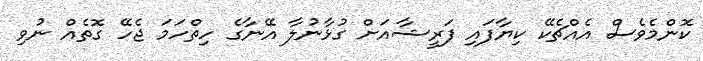
ކޮންމެވެސް އެއްޗެކޭ ކިޔާފައި ފަރީޝާއަށް ގުޅާނުލާ އޭނާގެ ހިތްހަމަ ޖެހޭ ގޮތެއް ނުވި